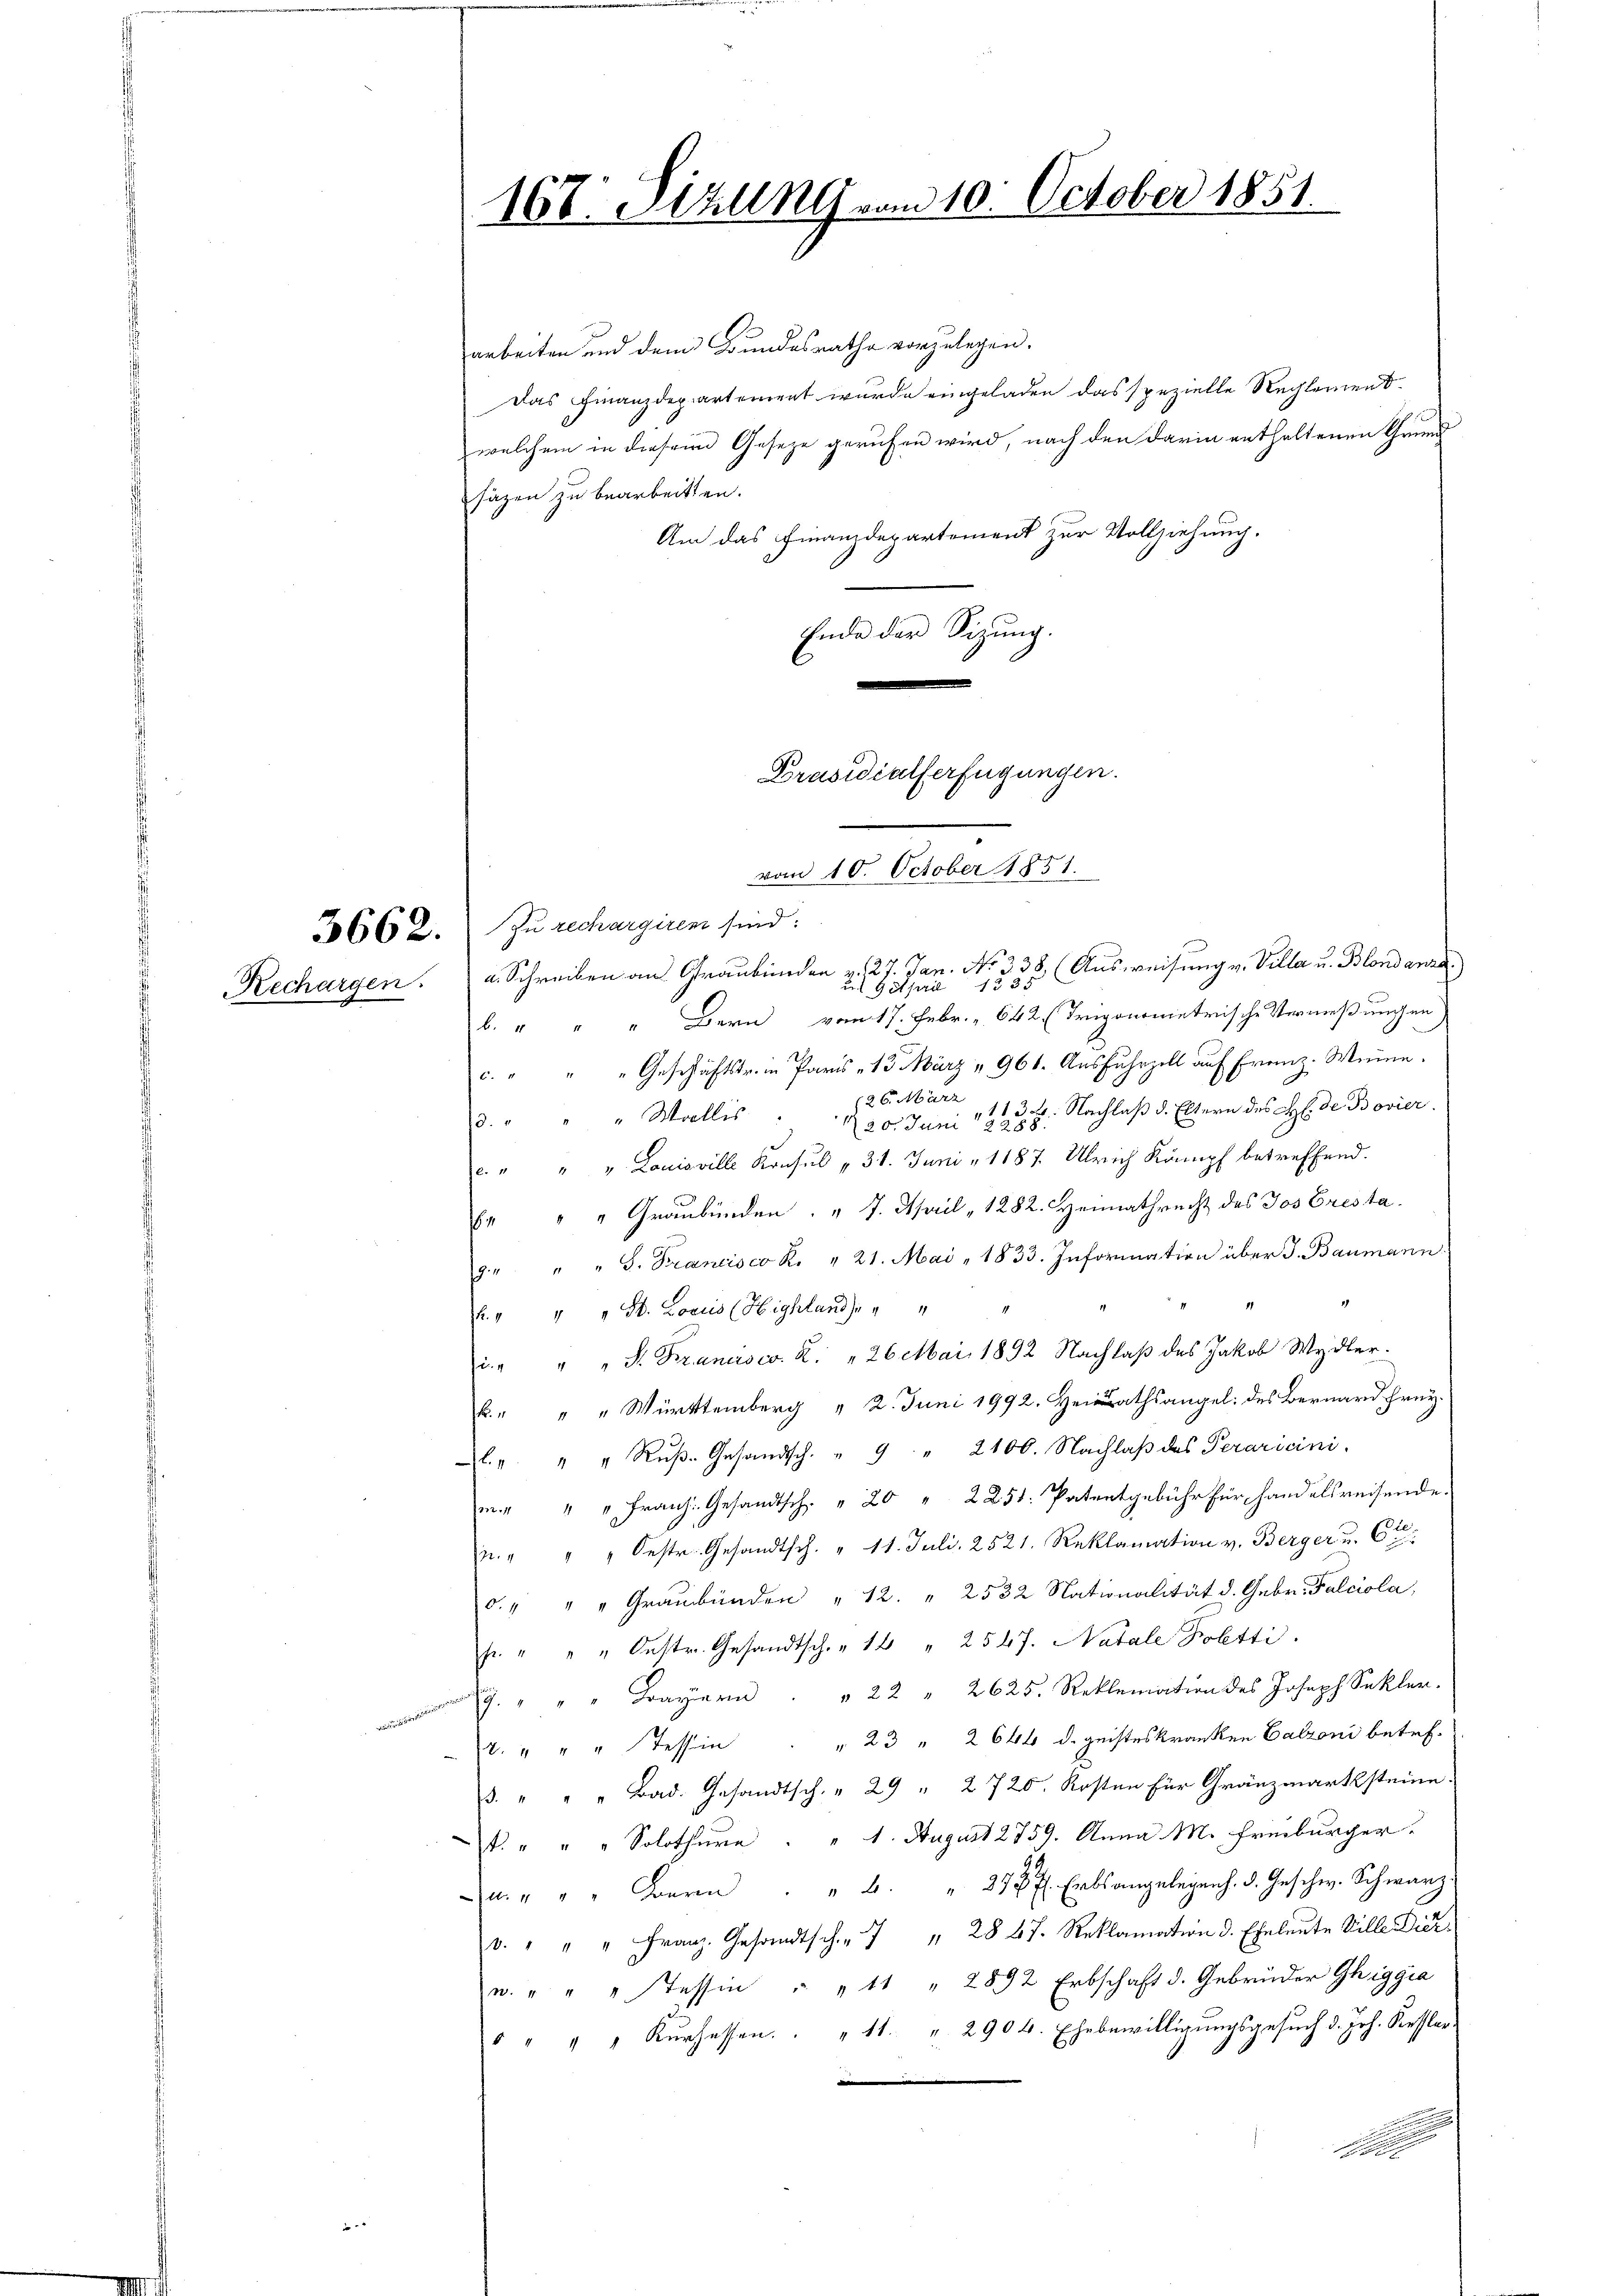
167. Ställ vom 10. October 1851.

arbeiten und dem Bundesrathe vorzulegen.
Das Finanzdepartement wurde eingeladen das spezielle Rechtenen d
welchem in diesem Gesetze gerufen wird, nach den darin enthaltenen Grund
säzen zu bearbeitten.
Am das Finanzdepartement zur Vollziehung.
Ende der Sitzŭng.
Präsidialferfügungen.

vom 10. October 1851.

3662. In rechargiren sind:
Rechargen.  Schreiben an Graubünden u. 27. Jan. No. 338 (Ausweisung v. Villa u. Blondanza
b. " " " Bern vom 17. Febr. „ 642 (Trigonometrische Vermeßungen
c. " " " Geschäftstr. in Paris 13. März & 961. Ausfuhrzoll auf Franz-Weine.
3. " " " Wollis                                         1. d. h. Nachlaß d. Eltern des Hl. der Bovier.
. " " " Louisville Konsul 31. Juni " 1187. Ulrich Kämpf betreffend.
Er " " Graubünden. " J. April " 1282. Heimathrecht des Jos Eresta
g. " " " G. Francisco R. " 21. Mai 1833. Information über J. Baumann.
. " " " St. Loriis (Highland) " "
u. " " " S. Francisco X. „26 Mai 1892 Nachlaβ des Jakob Wydler.
b. " " " Württemberg " 2. Juni 1992. Heirathsangel: des Bernard Frey.
l. " " " Rŭβ- Gesandtsch. " 9 " 2100. Nachlaβ des Peraricini
m. " " " Franz: Gesandtsch " 20 " 2251: Patentgebühr für handelsreisende.
E
M. " " " Oestr. Gesandtsch. " 11. Juli 2521. Reklamation v. Berger u. Ct.
. " " " Graubünden " 12. " 2532 Nationalität d. Gebr. Falciola,
fr. " " " Oestr. Gesandtsch. " 12 " 2547. Natale Poetti.
. " " " Bayern . " 22 " 2625. Reklamation des Joseph Sekler-
. " " " Tessin " " 23 " 2 644 d. geisteskranken Calzoni betref-
3. " " " Bad. Gesandtsch. " 29 " 2720. Kosten für Gränzmarksteine
. " " " Solothure " " 1. August 2759. Anna M. Freiburger.
An " " " Bern . " " 292 f. Erbsangelegenh. d. Geschw. Schwarz
. " " " Franz. Gesandtsch " " 28 67. Reklamation d. Eheleute Ville Dier-
u. " " " Tessin " " 11 " 2892 Erbschaft d. Gebrüder Ghiggia
" " " " Kŭrsessen. " 11. " 2904. Ehebewilligungsgesuch d. Joh. Kesser-